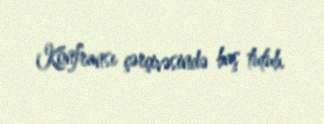
Konfransı çərçivəsində baş tutub.